Regulations for the medical services of the Army of India
Year: 1930
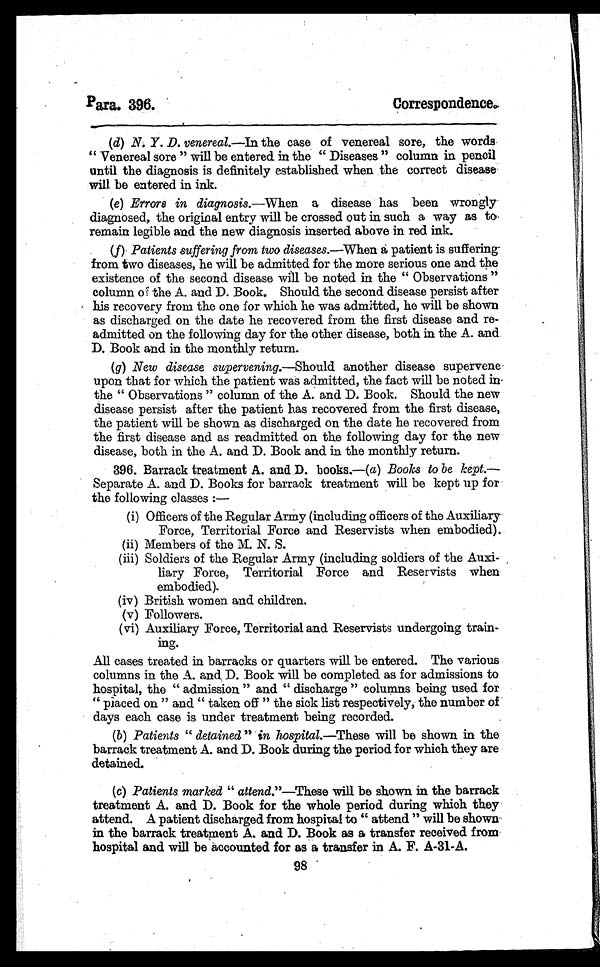
Para. 396.
Correspondence.
(d) N. Y. D. venereal.—In the case of venereal sore, the words
" Venereal sore " will be entered in the " Diseases " column in pencil
until the diagnosis is definitely established when the correct disease
will be entered in ink.
(e) Errors in diagnosis.—When a disease has been wrongly
diagnosed, the original entry will be crossed out in such a way as to
remain legible and the new diagnosis inserted above in red ink.
(f) Patients suffering from two diseases.— When a patient is suffering
from two diseases, he will be admitted for the more serious one and the
existence of the second disease will be noted in the " Observations "
c o l u mn o f t h e A. a n d D. Bo o k . S h o u l d t h e s e c o n d d i s e a s e p e r s i s t a f t e r
his recovery from the one for which he was admitted, he will be shown
as discharged on the date he recovered from the first disease and re-
admitted on the following day for the other disease, both in the A. and
D. Book and in the monthly return.
(g) New disease supervening.—Should another disease supervene
upon that for which the patient was admitted, the fact will be noted in
the " Observations " column of the A. and D. Book. Should the new
disease persist after the patient has recovered from the first disease,
the patient will be shown as discharged on the date he recovered from
the first disease and as readmitted on the following day for the new
disease, both in the A. and D. Book and in the monthly return.
396. Barrack treatment A. and D. books.—( a) Books to be kept.—
Separate A. and D. Books for barrack treatment will be kept up for
the following classes :—
(i) Officers of the Regular Army (including officers of the Auxiliary
Force, Territorial Force and Reservists when embodied).
(ii) Members of the M. N. S.
(iii) Soldiers of the Regular Army (including soldiers of the Auxi-
liary Force, Territorial Force and Reservists when
embodied).
(iv) British women and children.
(v) Followers.
(vi) Auxiliary Force, Territorial and Reservists undergoing train-
ing.
All cases treated in barracks or quarters will be entered. The various
columns in the A. and D. Book will be completed as for admissions to
hospital, the " admission " and " discharge " columns being used for
" placed on " and " taken off " the sick list respectively, the number of
days each case is under treatment being recorded.
(b) Patients " detained" in hospital.—These will be shown in the
barrack treatment A. and D. Book during the period for which they are
detained.
(c) Patients marked " attend."—These will be shown in the barrack
treatment A. and D. Book for the whole period during which they
attend. A patient discharged from hospital to " attend " will be shown
in the barrack treatment A. and D. Book as a transfer received from
hospital and will be accounted for as a transfer in A. F. A-31-A.
98